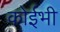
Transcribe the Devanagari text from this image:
कोईभी